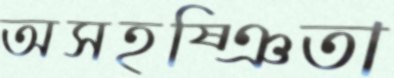
অসহষ্ঞিতা